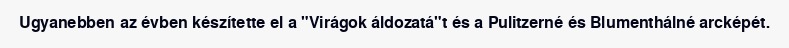
Ugyanebben az évben készítette el a "Virágok áldozatá"t és a Pulitzerné és Blumenthálné arcképét.